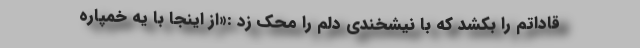
قاداتم را بکشد که با نیشخندی دلم را محک زد :«از اینجا با یه خمپاره